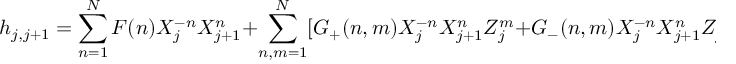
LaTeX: h _ { j , j + 1 } = \sum _ { n = 1 } ^ { N } F ( n ) X _ { j } ^ { - n } X _ { j + 1 } ^ { n } + \sum _ { n , m = 1 } ^ { N } [ G _ { + } ( n , m ) X _ { j } ^ { - n } X _ { j + 1 } ^ { n } Z _ { j } ^ { m } + G _ { - } ( n , m ) X _ { j } ^ { - n } X _ { j + 1 } ^ { n } Z _ { j + 1 } ^ { m } ]